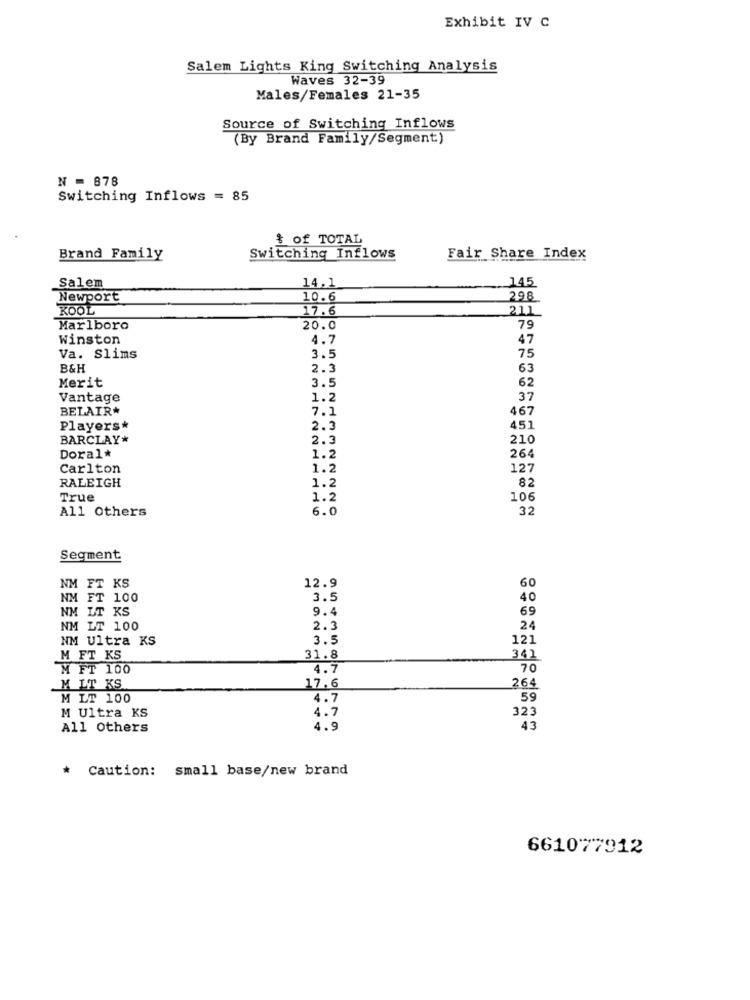
Exhibit IV C
Salem Lights King Switching Analysis
Waves 32-39
Males/Females 21-35
Source of Switching Inflows
(By Brand Family/Segment)
N = 878
Switching Inflows = 85
& of TOTAL
Brand Family
Switching Inflows
Fair Share Index
145
Salem
14,1
Newport
10.6
298
KOOL
17.6
211
Marlboro
20.0
79
Winston
4.7
47
Va. Slims
3.5
75
B&H
2.3
63
Merit
3.5
62
Vantage
1.2
37
BELAIR*
7.1
467
Players*
2.3
451
BARCLAY*
2.3
210
Doral*
1.2
264
Carlton
1.2
127
RALEIGH
1.2
82
True
1.2
106
All Others
6.0
32
Segment
NM FT KS
60
12.9
NM FT 100
3.5
40
NM LT KS
9.4
69
NM LT 100
2.3
24
NM Ultra KS
3.5
121
M FT KS
31.8
342
M FT 100
4.7
70
M LT KS
17.6
264
M LT 100
4.7
59
M Ultra KS
4.7
323
All Others
4.9
43
* Caution: small base/new brand
661077912